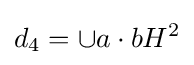
d_{4}=\cup a\cdot bH^{2}